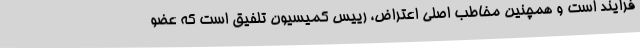
فرایند است و همچنین مخاطب اصلی اعتراض، رییس کمیسیون تلفیق است که عضو